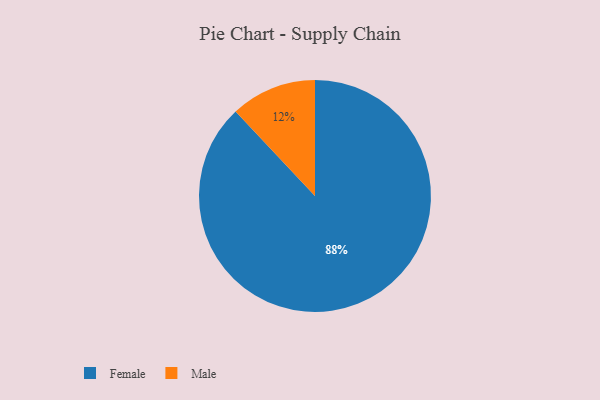
{"axis": {"x": "Category", "y": "Percentage"}, "legend": ["Female", "Male"], "data": [{"x": "Male", "y": 12, "type": "Male"}, {"x": "Female", "y": 88, "type": "Female"}]}